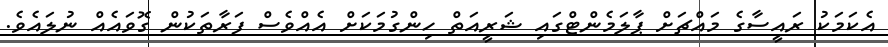
އެކަމަކު ރައީސާގެ މައްޗަށް ޕާލަމެންޓްގައި ޝަރީއަތް ހިންގުމަކަށް އެއްވެސް ފަރާތަކުން ގޮވައެއް ނުލައެވެ.